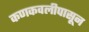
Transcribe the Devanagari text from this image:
कणकवलीपासून